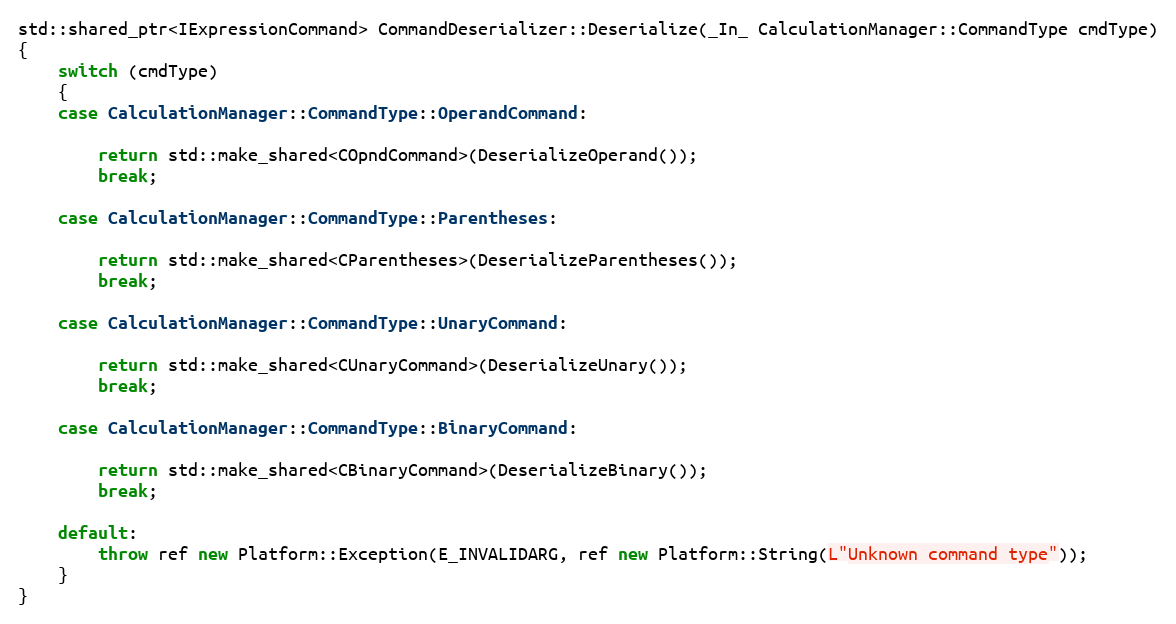
Language: C++
std::shared_ptr<IExpressionCommand> CommandDeserializer::Deserialize(_In_ CalculationManager::CommandType cmdType)
{
    switch (cmdType)
    {
    case CalculationManager::CommandType::OperandCommand:

        return std::make_shared<COpndCommand>(DeserializeOperand());
        break;

    case CalculationManager::CommandType::Parentheses:

        return std::make_shared<CParentheses>(DeserializeParentheses());
        break;

    case CalculationManager::CommandType::UnaryCommand:

        return std::make_shared<CUnaryCommand>(DeserializeUnary());
        break;

    case CalculationManager::CommandType::BinaryCommand:

        return std::make_shared<CBinaryCommand>(DeserializeBinary());
        break;

    default:
        throw ref new Platform::Exception(E_INVALIDARG, ref new Platform::String(L"Unknown command type"));
    }
}